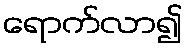
ရောက်လာ၍